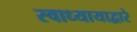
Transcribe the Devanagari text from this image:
स्वाध्यायाद्वारे